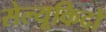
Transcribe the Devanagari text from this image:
सेल्यूकिदों